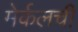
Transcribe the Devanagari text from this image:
मेर्कलची